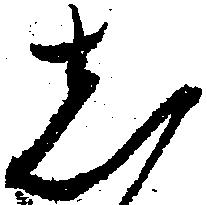
し